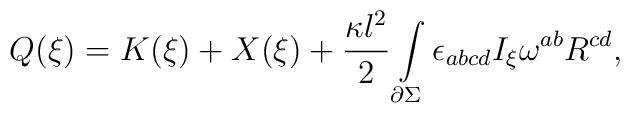
Q(\xi )=K(\xi )+X(\xi )+\frac{\kappa l^{2}}{2}\int\limits_{\partial \Sigma}\epsilon _{abcd}I_{\xi }\omega ^{ab}R^{cd},